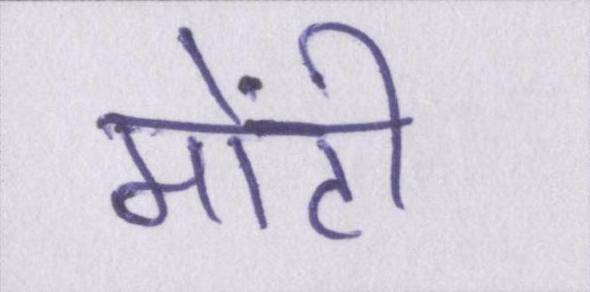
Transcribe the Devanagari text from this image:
मोंटी